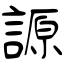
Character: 謜